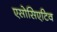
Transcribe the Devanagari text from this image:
एसोसिएटिव